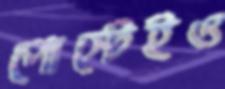
পোস্টেইও